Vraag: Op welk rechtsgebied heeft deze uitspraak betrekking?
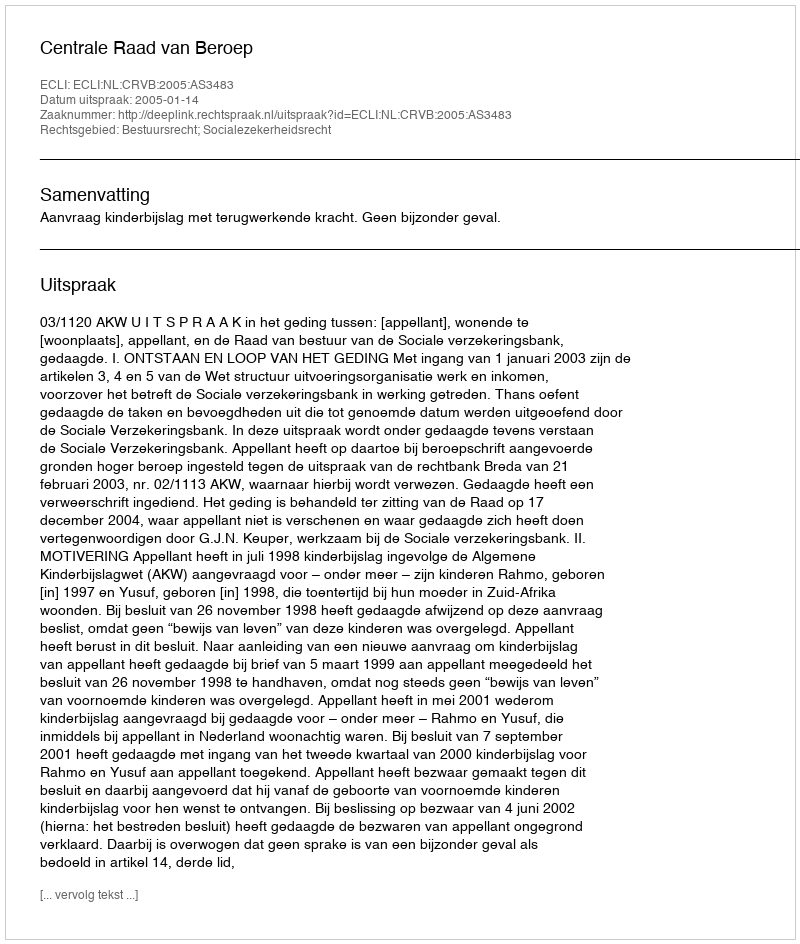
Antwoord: Bestuursrecht; Socialezekerheidsrecht